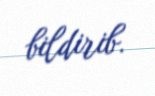
bildirib.